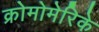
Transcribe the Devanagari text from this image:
क्रोमोमेरिके